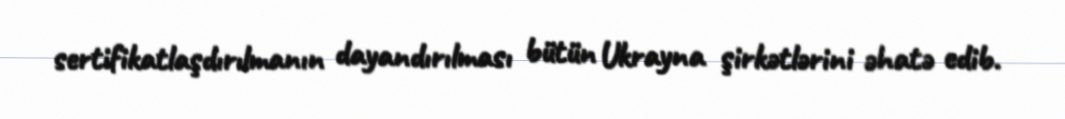
sertifikatlaşdırılmanın dayandırılması bütün Ukrayna şirkətlərini əhatə edib.